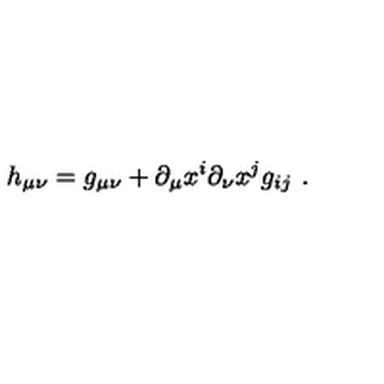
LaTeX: h _ { \mu \nu } = g _ { \mu \nu } + \partial _ { \mu } x ^ { i } \partial _ { \nu } x ^ { j } g _ { i j } \ .